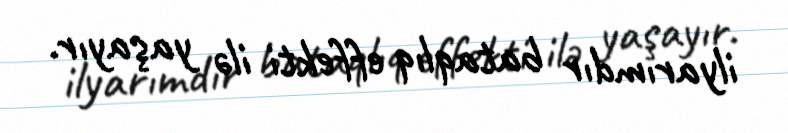
ilyarımdır bataqlıq effekti ilə yaşayır.